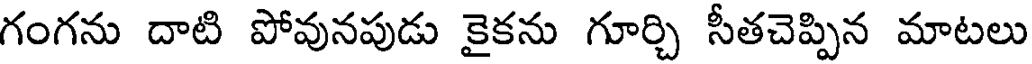
గంగను దాటి పోవునపుడు కైకను గూర్చి సీతచెప్పిన మాటలు